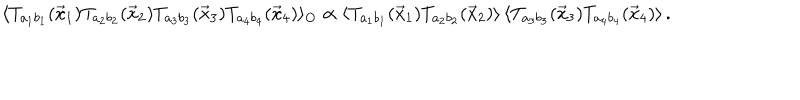
\langle T _ { a _ { 1 } b _ { 1 } } ( { \vec { x } } _ { 1 } ) T _ { a _ { 2 } b _ { 2 } } ( { \vec { x } } _ { 2 } ) T _ { a _ { 3 } b _ { 3 } } ( { \vec { x } } _ { 3 } ) T _ { a _ { 4 } b _ { 4 } } ( { \vec { x } } _ { 4 } ) \rangle _ { O } \propto \langle T _ { a _ { 1 } b _ { 1 } } ( { \vec { x } } _ { 1 } ) T _ { a _ { 2 } b _ { 2 } } ( { \vec { x } } _ { 2 } ) \rangle \, \langle T _ { a _ { 3 } b _ { 3 } } ( { \vec { x } } _ { 3 } ) T _ { a _ { 4 } b _ { 4 } } ( { \vec { x } } _ { 4 } ) \rangle \, .